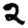
Digit: 2